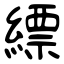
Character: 縹